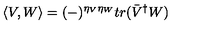
\left\langle V , W \right\rangle = ( - ) ^ { \eta _ { V } \eta _ { W } } t r ( \bar { V } ^ { \dagger } W )